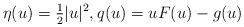
LaTeX: \begin{align*}\eta(u) = \tfrac{1}{2}|u|^2 , q(u) = uF(u)-g(u)\end{align*}